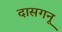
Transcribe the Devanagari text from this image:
दासगनू